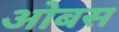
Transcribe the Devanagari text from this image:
ओबस